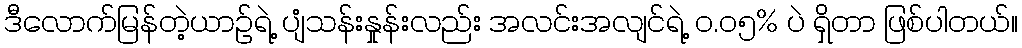
ဒီလောက်မြန်တဲ့ယာဉ်ရဲ့ ပျံသန်းနှုန်းလည်း အလင်းအလျင်ရဲ့ ၀.၀၅% ပဲ ရှိတာ ဖြစ်ပါတယ်။